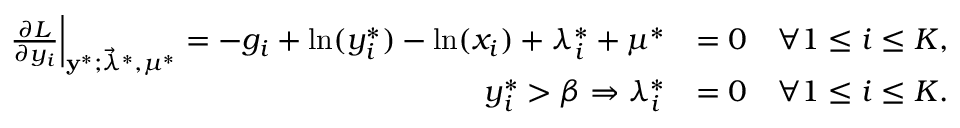
\begin{array} { r l } { \left. \frac { \partial L } { \partial y _ { i } } \right\rvert _ { \mathbf y ^ { * } ; \vec { \lambda } ^ { * } , \mu ^ { * } } = - g _ { i } + \ln ( y _ { i } ^ { * } ) - \ln ( x _ { i } ) + \lambda _ { i } ^ { * } + \mu ^ { * } } & { = 0 \quad \forall 1 \le i \le K , } \\ { y _ { i } ^ { * } > \beta \Rightarrow \lambda _ { i } ^ { * } } & { = 0 \quad \forall 1 \le i \le K . } \end{array}